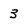
Character: 3